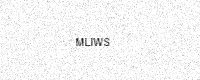
Text: MLIWS